65_HS1-834228961_62-HQ-83894_Section_6
Agency: FBI
Page 74
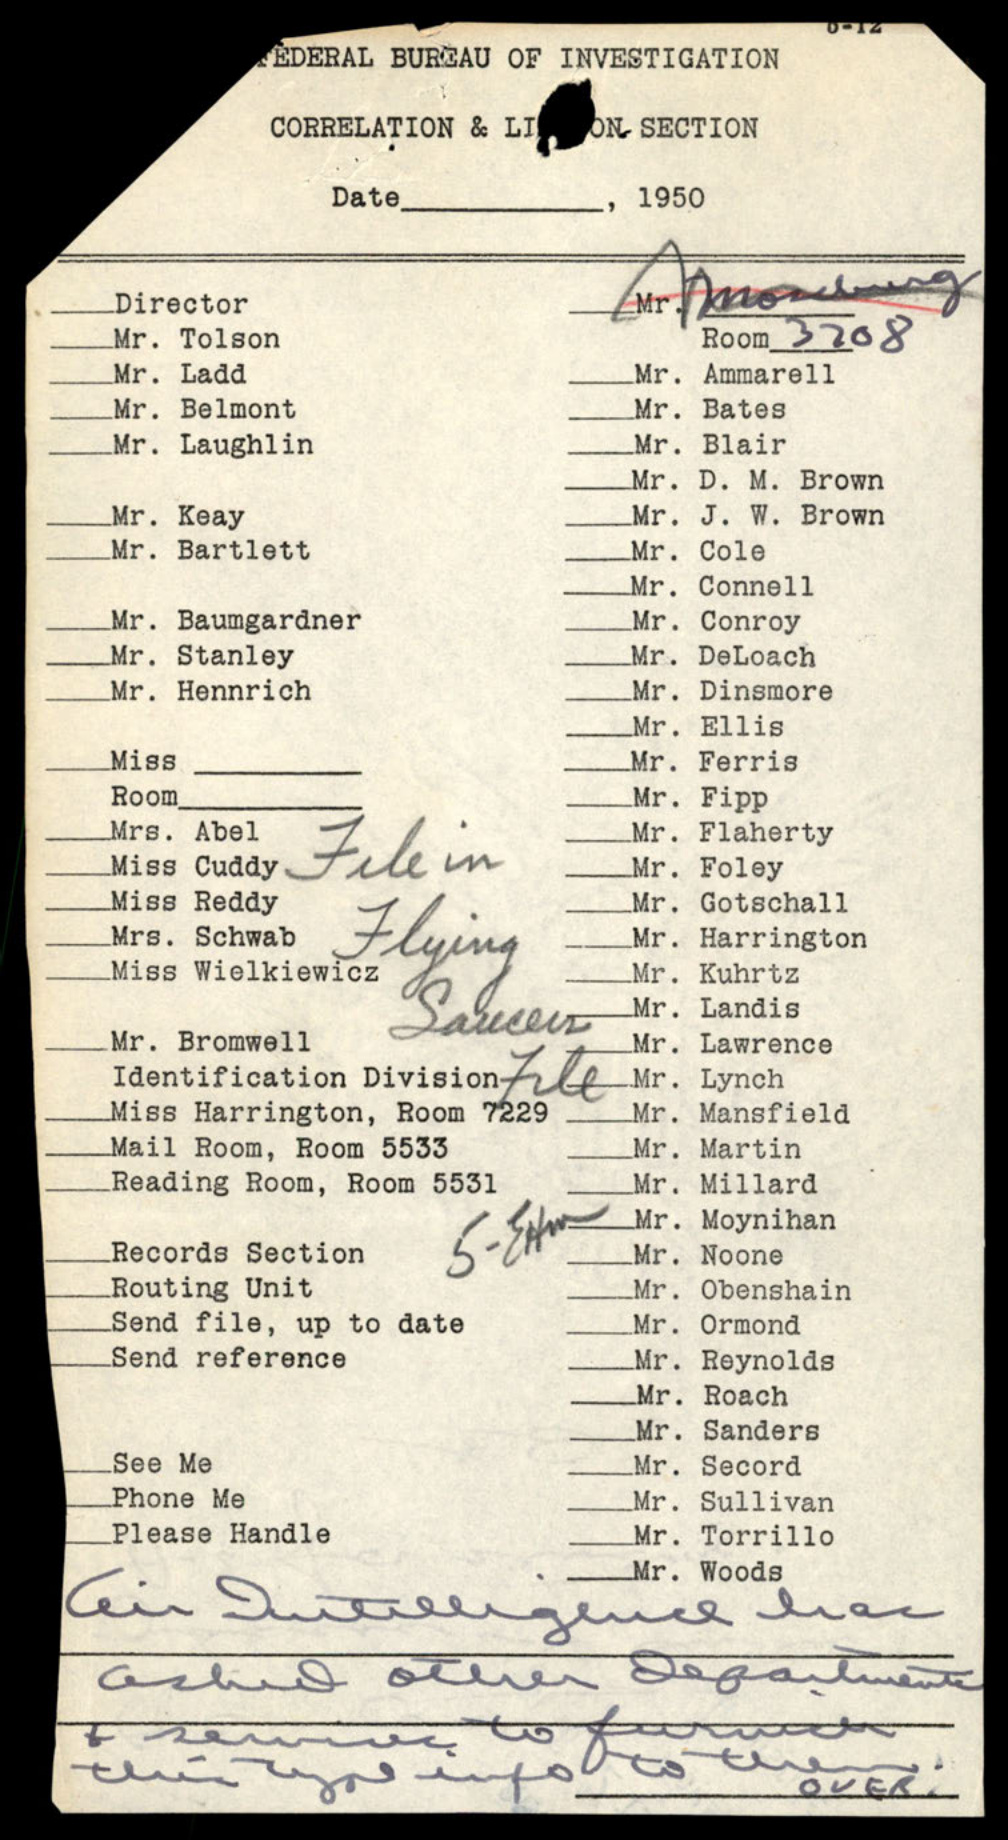